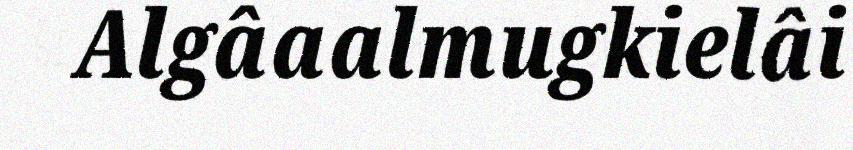
Algâaalmugkielâi